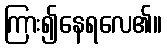
ကြား၍နေရလေ၏။